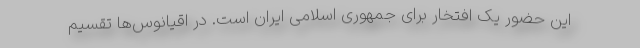
این حضور یک افتخار برای جمهوری اسلامی ایران است. در اقیانوس‌ها تقسیم